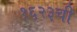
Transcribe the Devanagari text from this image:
१६२३ची